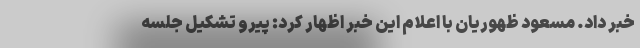
خبر داد. مسعود ظهوریان با اعلام این خبر اظهار کرد: پیرو تشکیل جلسه